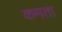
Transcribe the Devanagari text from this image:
कमता